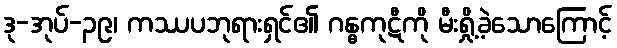
ဒု-အုပ်-၃၉၊ ကဿပဘုရားရှင်၏ ဂန္ဓကုဋီကို မီးရှို့ခဲ့သောကြောင့်